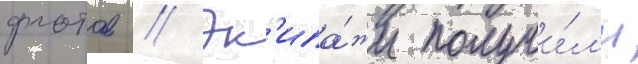
флотов // Эк'ипа́жи получи́л'и